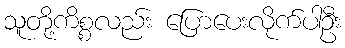
သူတို့ကိစ္စလည်း ပြောပေးလိုက်ပါဦး